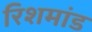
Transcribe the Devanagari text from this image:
रिशमांड